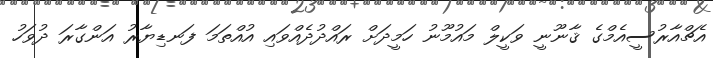
އެޗްއާރުސީއެމްގެ ޤާނޫނީ ވަކީލް މައުމޫނު ހަމީދަށް ރައްދުދެއްވައި އުއްތަމަ ފަނޑިޔާރު އަންގާރަ ދުވަހު